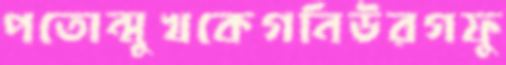
পতোন্মুখকেগনিউরগফু